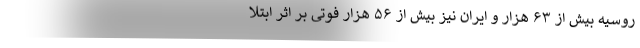
روسیه بیش از ۶۳ هزار و ایران نیز بیش از ۵۶ هزار فوتی بر اثر ابتلا